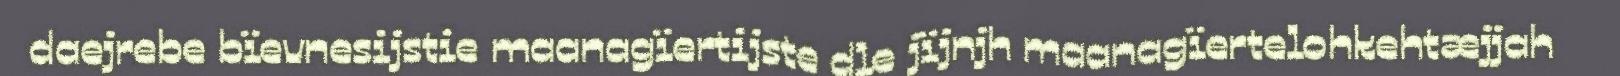
daejrebe bïevnesijstie maanagïertijste dle jïjnjh maanagïertelohkehtæjjah